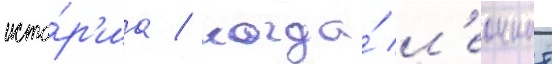
исто́р'иа / когда́ л'еоннат